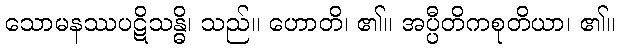
သောမနဿပဋိသန္ဓိ၊ သည်။ ဟောတိ၊ ၏။ အပ္ပီတိကစုတိယာ၊ ၏။